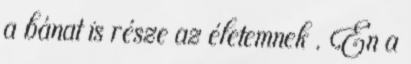
a bánat is része az életemnek . Én a